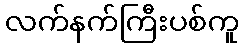
လက်နက်ကြီးပစ်ကူ